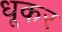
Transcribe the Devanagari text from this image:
धूकर